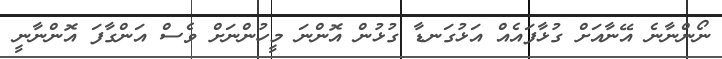
ނޯންނާނެ އޭނާއަށް ގުޅާފައެއް އަޅުގަނޑާ ގުޅުން އޮންނަ މީހުންނަށް ވެސް އަންގާފަ އޮންނާނީ